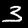
Label: 3